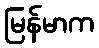
မြန်မာက